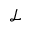
\mathcal { L }